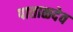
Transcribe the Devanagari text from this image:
पाताळदेव